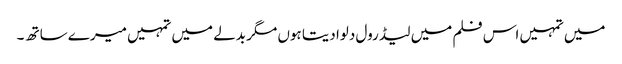
میں تمہیں اس فلم میں لیڈ رول دلوا دیتا ہوں مگر بدلے میں تمہیں میرے ساتھ ۔